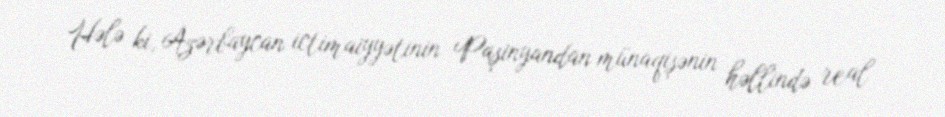
Hələ ki, Azərbaycan ictimaiyyətinin Paşinyandan münaqişənin həllində real